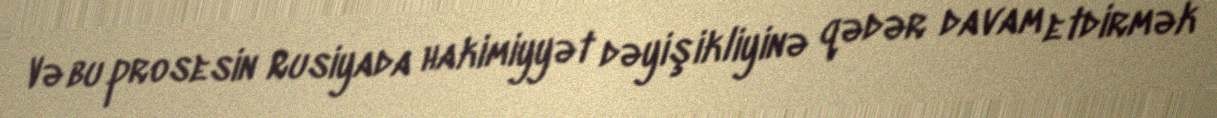
Və bu prosesin Rusiyada hakimiyyət dəyişikliyinə qədər davam etdirmək